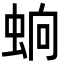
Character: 䖮